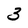
Character: 3